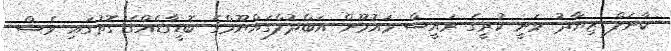
ކާނަލް ޒިޔާދު ވަނީ ކުރީގެ ރައީސް މައުމޫން އަބްދުލްގައްޔޫމްގެ ބޮޑީގާޑެއްގެ ގޮތުގައި ވެސް